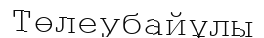
Төлеубайұлы